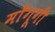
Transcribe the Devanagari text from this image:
माँगूगी